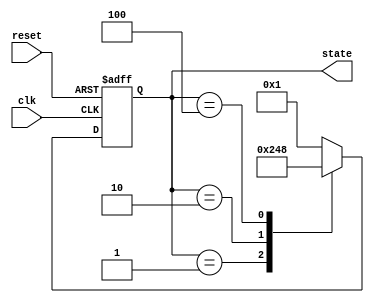
module ring_counter (
    input wire clk,        // Clock input
    input wire reset,      // Asynchronous reset input
    output reg [3:0] state // 4-bit output representing the state
);

// State encoding
localparam S0 = 4'b0001; // State 0
localparam S1 = 4'b0010; // State 1
localparam S2 = 4'b0100; // State 2
localparam S3 = 4'b1000; // State 3

// Sequential logic for the ring counter
always @(posedge clk or posedge reset) begin
    if (reset) begin
        // Asynchronous reset: set to State 0
        state <= S0;
    end else begin
        // Shift the '1' through the flip-flops
        case (state)
            S0: state <= S1; // Move from State 0 to State 1
            S1: state <= S2; // Move from State 1 to State 2
            S2: state <= S3; // Move from State 2 to State 3
            S3: state <= S0; // Move from State 3 back to State 0
            default: state <= S0; // Default case (should not occur)
        endcase
    end
end

endmodule